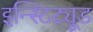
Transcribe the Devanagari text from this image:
इन्स्टिट्यूड